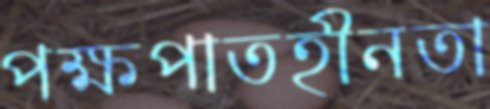
পক্ষপাতহীনতা